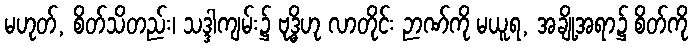
မဟုတ်, စိတ်သိတည်း၊ သဒ္ဒါကျမ်း၌ ဗုဒ္ဓိဟု လာတိုင်း ဉာဏ်ကို မယူရ, အချို့အရာ၌ စိတ်ကို